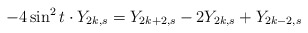
\begin{align*}-4\sin ^{2}t\cdot Y_{2k,s}=Y_{2k+2,s}-2Y_{2k,s}+Y_{2k-2,s}\end{align*}